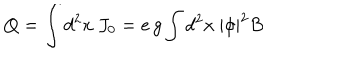
Q = \int d ^ { 2 } x \ J _ { 0 } = e \, g \int d ^ { 2 } x \ | \phi | ^ { 2 } B